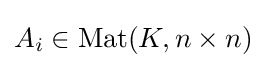
A_{i}\in \mathrm {Mat} (K,n\times n)